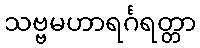
သဗ္ဗမဟာရင်္ဂရတ္တာ